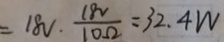
= 1 8 v \cdot \frac { 1 8 v } { 1 0 \Omega } = 3 2 . 4 W